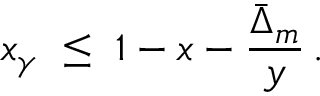
x _ { \gamma } \; \leq \; 1 - x - \frac { \bar { \Delta } _ { m } } { y } \, .